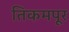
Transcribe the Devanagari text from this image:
तिकमपूर